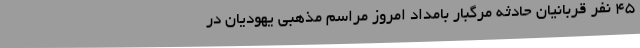
45 نفر قربانیان حادثه مرگبار بامداد امروز مراسم مذهبی یهودیان در